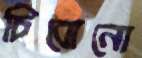
চিবোনো